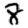
Digit: 8